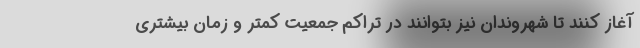
آغاز کنند تا شهروندان نیز بتوانند در تراکم جمعیت کمتر و زمان بیشتری